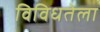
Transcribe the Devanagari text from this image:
विविधतेला